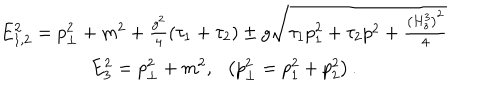
\begin{array} { c } { { E _ { 1 , 2 } ^ { 2 } = p _ { \bot } ^ { 2 } + m ^ { 2 } + \frac { g ^ { 2 } } 4 \left( \tau _ { 1 } + \tau _ { 2 } \right) \pm g \sqrt { \tau _ { 1 } p _ { 1 } ^ { 2 } + \tau _ { 2 } p ^ { 2 } + \frac { \left( H _ { z } ^ { 3 } \right) ^ { 2 } } 4 } } } \\ { { E _ { 3 } ^ { 2 } = p _ { \bot } ^ { 2 } + m ^ { 2 } , \ \ \left( p _ { \bot } ^ { 2 } = p _ { 1 } ^ { 2 } + p _ { 2 } ^ { 2 } \right) . } } \\ \end{array}